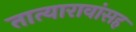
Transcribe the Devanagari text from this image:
तात्यारावांसह